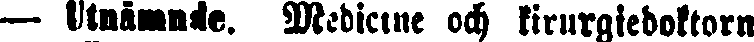
— Utnämnde. Medicine och kirurgiedoktorn